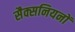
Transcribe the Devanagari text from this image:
सैक्सनियनों